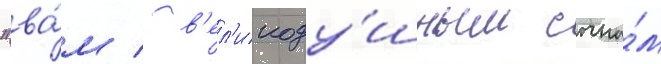
"ва́м / в'ел'икоду́шным сына́м